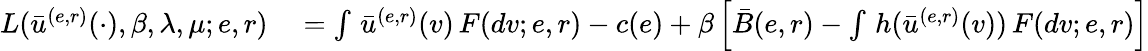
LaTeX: \begin{array}{rl}{L(\bar{u}^{(e,r)}(\cdot),\beta,\lambda,\mu;e,r)}&{{}=\int\, \bar{u}^{(e,r)}(v)\, F(dv;e,r)-c(e)+\beta\left[\bar{B}(e,r)-\int\, h(\bar{u}^{(e,r)}(v))\, F(dv;e,r)\right]}\end{array}